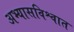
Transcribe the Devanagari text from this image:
अभ्यासविश्वात